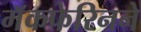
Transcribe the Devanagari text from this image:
मॅकफेरिनने